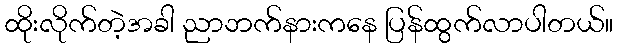
ထိုးလိုက်တဲ့အခါ ညာဘက်နားကနေ ပြန်ထွက်လာပါတယ်။